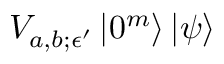
V _ { a , b ; \epsilon ^ { \prime } } \left| 0 ^ { m } \right\rangle \left| \psi \right\rangle